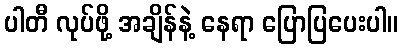
ပါတီ လုပ်ဖို့ အချိန်နဲ့ နေရာ ပြောပြပေးပါ။